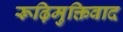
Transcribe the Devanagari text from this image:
रूढ़िमुक्तिवाद